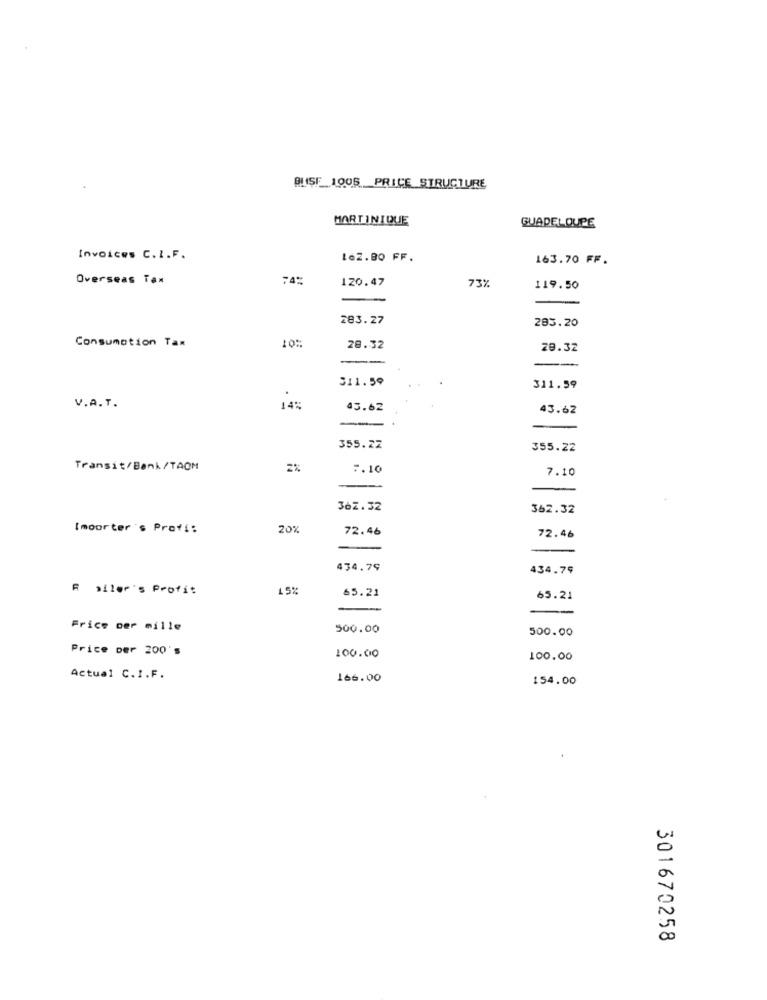
BLISF_1005 _PRICE STRUCTURE
MARTINIQUE
GUADELOUPE
Invoices C. I.F.
162.80 FF.
163.70 FF.
Overseas Tax
74%
120.47
73%
119.50
283.27
283.20
Consumption Tax
10:
28.32
29.32
311.59
311.59
V.A.T.
14%
45.62
43.62
355.27
355.22
Transit/Bank/TAOM
2%
7.10
7.10
362. 32
362.32
Importer's Profi:
20%
72.46
72.46
434.79
434.79
A miler's Profit
15%
65.21
65.21
-
Frice per mille
500.00
500.00
Price Der 200's
100.00
100.00
Actual C.I.F.
166.00
154.00
301670258